Report on lock hospitals in British Burma
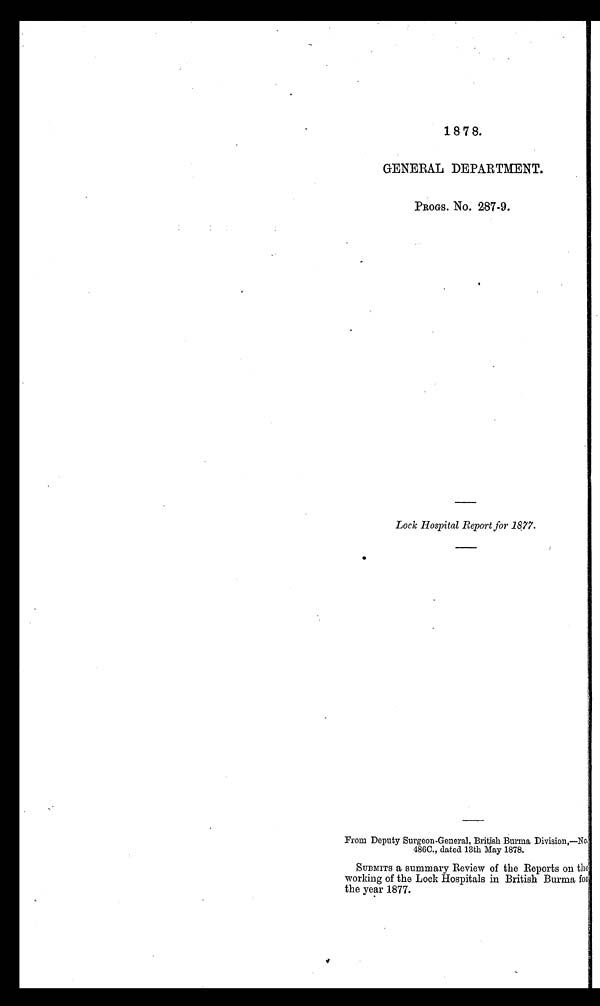
1 8 7 8.
GENERAL DEPARTMENT.
PROGS. No. 287-9.
Lock Hospital Report for 1877.
From Deputy Surgeon-General, British Burma Division,—No.
486C., dated 13th May 1878.
SUBMITS a summary Review of the Reports on the
working of the Lock Hospitals in British Burma for
the year 1877.